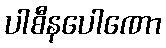
ပါစီနပေါဏော